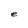
Character: e